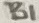
Text: B1